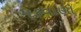
મકવાણો